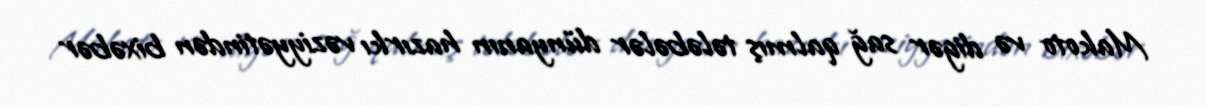
Makoto və digər sağ qalmış tələbələr dünyanın hazırkı vəziyyətindən bixəbər